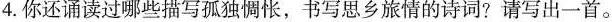
4. 你还诵读过哪些描写孤独惆怅，书写思乡旅情的诗词？请写出一首。